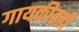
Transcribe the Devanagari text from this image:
गायकीतही